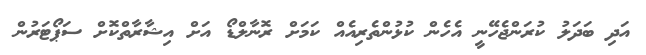
އަދި ބަދަލު ކުރަންޖެހޭނީ އެހެން ކުޅުންތެރިއެއް ކަމަށް ރޮނާލްޑޯ އަށް އިޝާރާތްކޮށް ސަޕޯޓަރުން